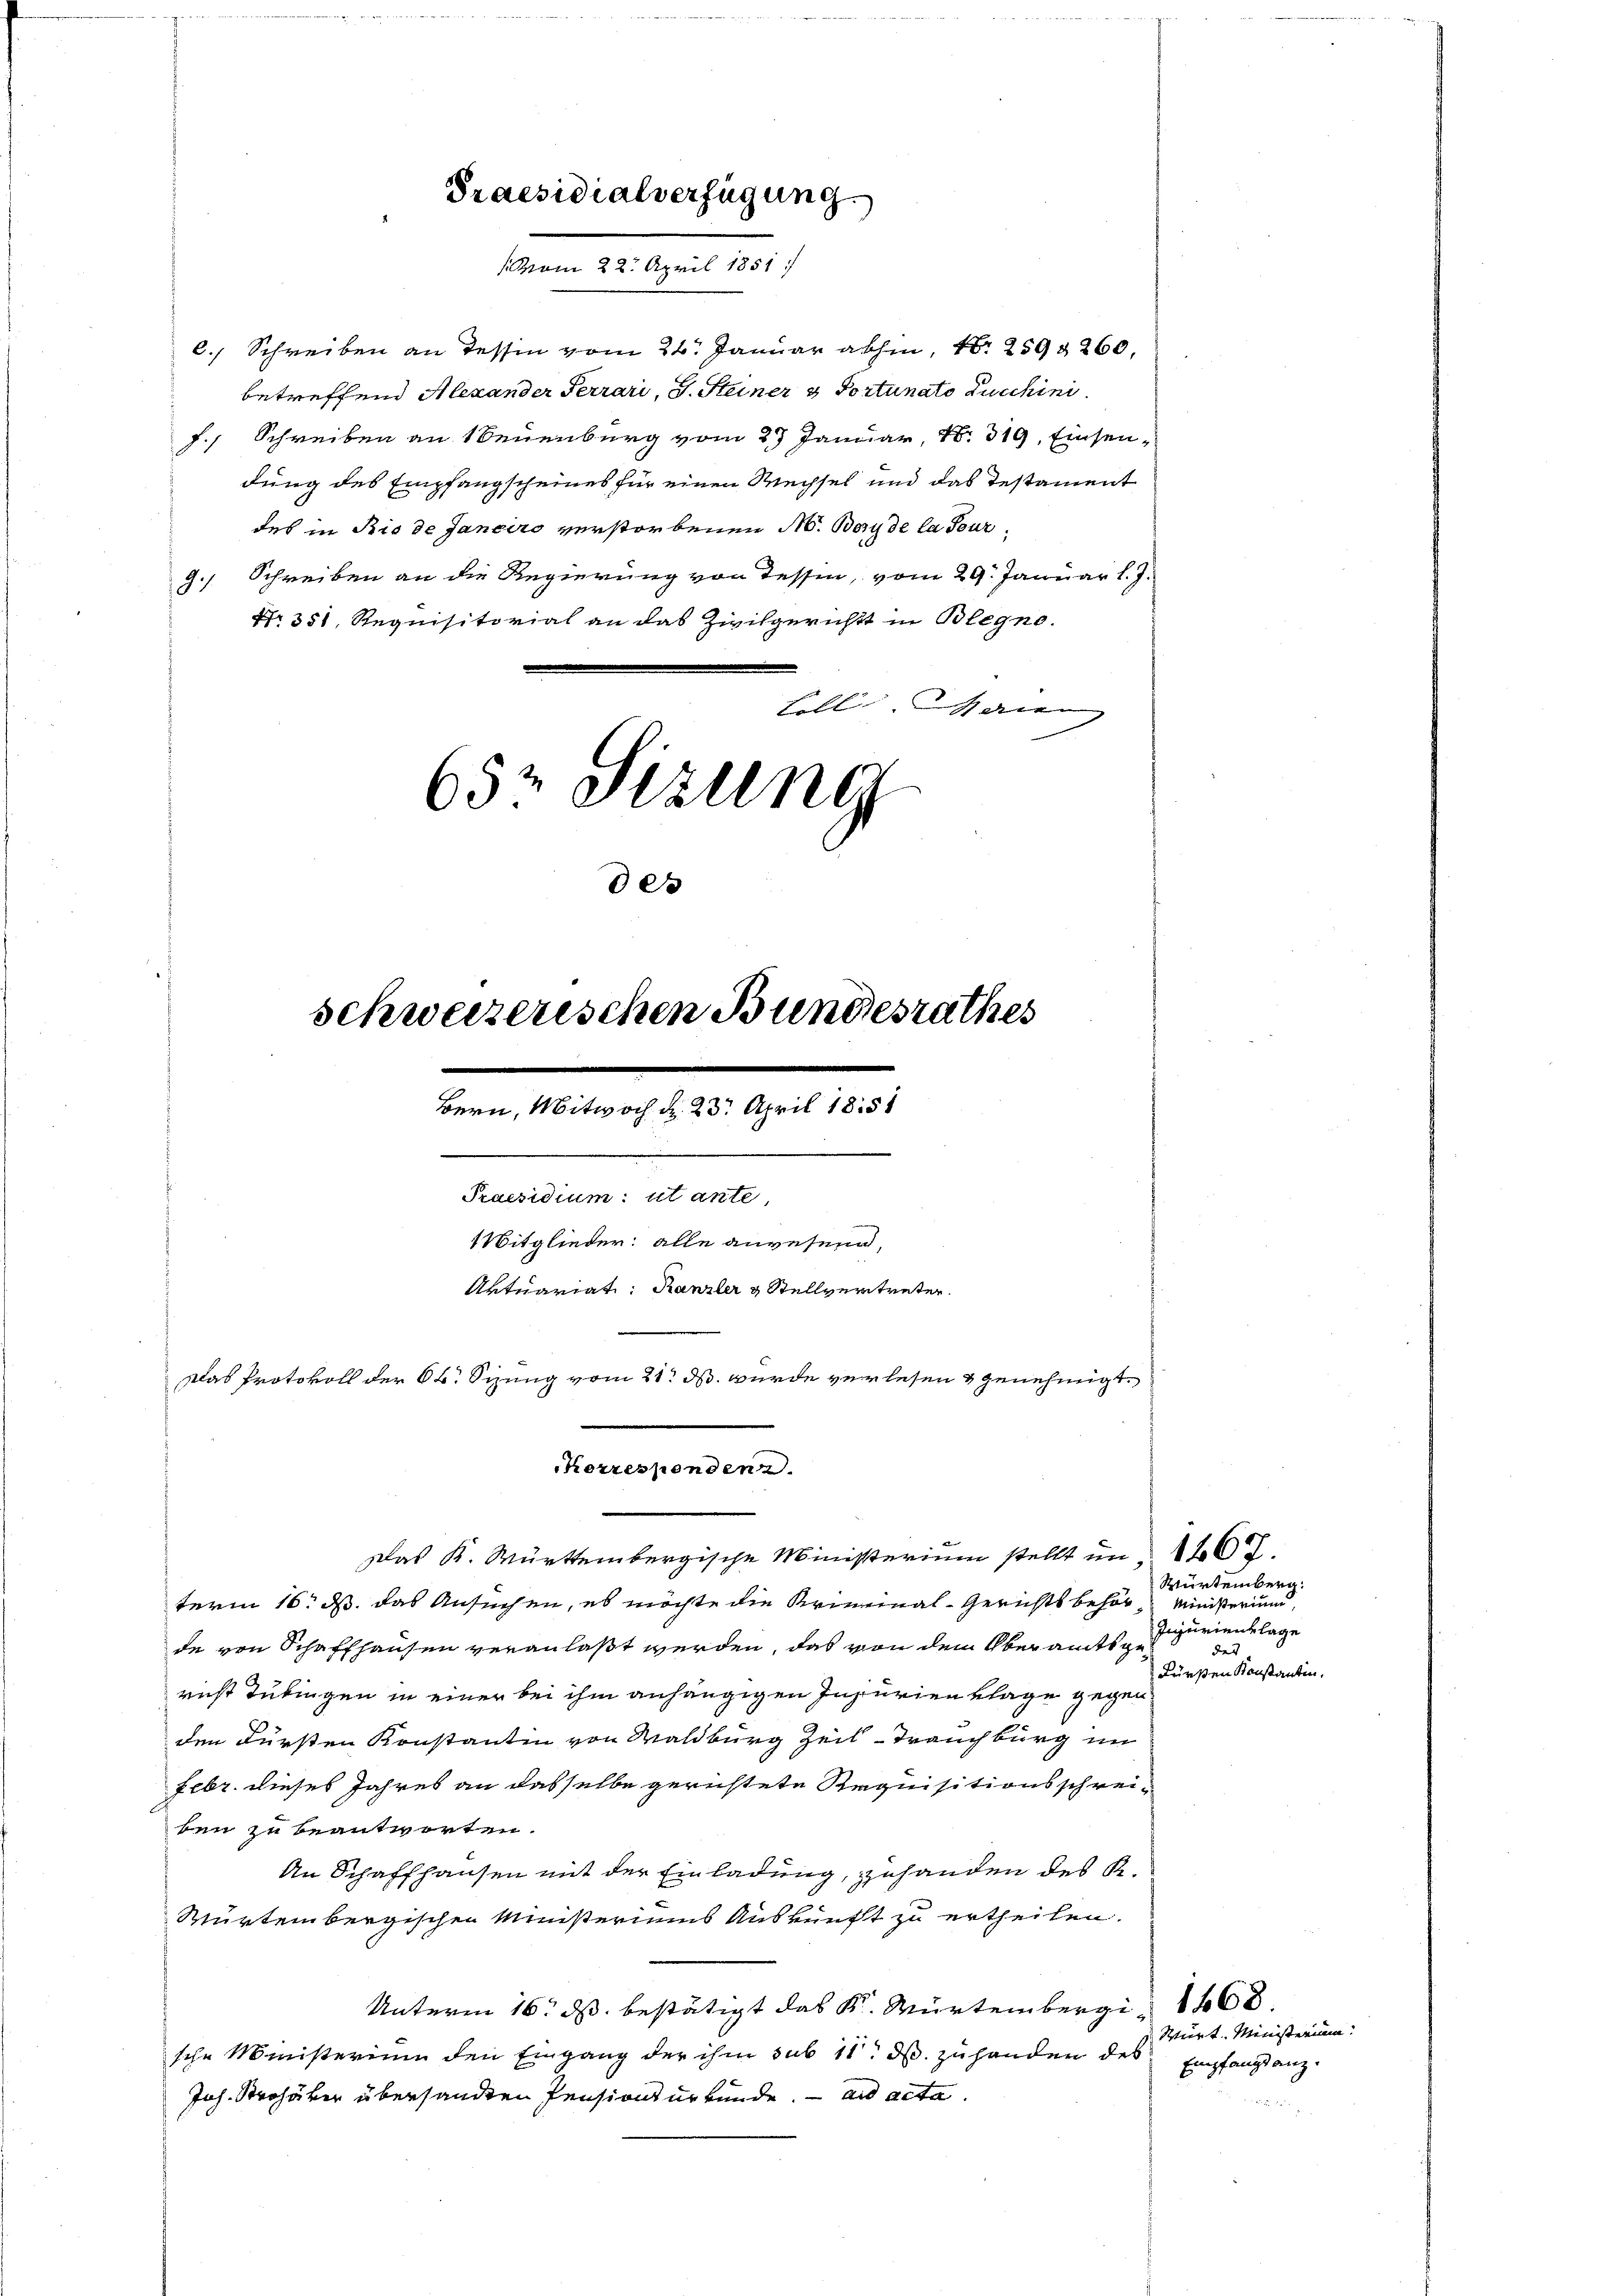
6.) Schreiben an dessen vom 24. Januar abhin, N. 259 260,
betreffend Alexander Ferrari, G. Steiner & Portunato Lucchini
J. Schreiben an Neuenburg vom 27 Januar, 18. 319, Einsendung des Empfangscheines für einen Wechsel und das Testament
des in Rio de Janeiro verstorbenen No. Bey de la Tur¬
9. Schreiben an die Regierung von Tessin, vom 29. Januar l. J.
Nr. 351, Requisitorial an das Zivilgerichts in Blegno.
fell an

Praesidialverfügung.
1 vom 22. April 1851

0

Korresponden.

65 Sizung
schweizerischen Bundesrathes
.
Bern, Mitwoch d. 23. April 1851
Praesidium: ut ante,
1Mitglieder: alle anwesend,
Artuariat: Kanzler & Stellvertreter.
Das Protokoll der 6. Sizung vom 21. ds. wurde verlesen & genehmigt.

Das K. Württembergische Ministerium stellt um 1407.
term 16. ds. das Ansuchen, es möchte die Kriminal-Gerichtsbehör Ministerium,
de von Schaffhausen veranlaßt werden, das von dem Oberamtsgericht Tübingen in einer bei ihm anhängigen Injurien Klage gegen
den Fürsten Konstantin von Waldburg Zeit - Trauchburg im
Febr. dieses Jahres an dasselbe gerichtete Requisitionsschrei-
ben zu beantworten.
An Schaffhausen mit der Einladung, zuhanden des K.
Würtembergischen Ministeriums Auskunft zu ertheilen.
Unterm 16. ds. bestätigt das K. Würtemberg 168.
sche Ministerium den Eingang der ihm sub 11. ds. zu handen des Empfangsanz
Joh. Strohäker übersandten Pensionsurkunde. ad acta.

Würtemberg.
Inurienklage
des
Fürsten Konstantin.

Wurt. Ministerium.